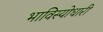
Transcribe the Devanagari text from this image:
भाविस्योधारी